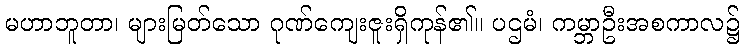
မဟာဘူတာ၊ များမြတ်သော ဂုဏ်ကျေးဇူးရှိကုန်၏။ ပဌမံ၊ ကမ္ဘာဦးအစကာလ၌